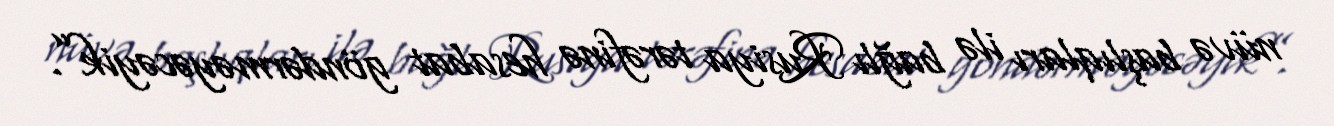
nüvə başlıqları ilə bağlı Rusiya tərəfinə hesabat göndərməyəcəyik”.